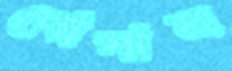
দোগান